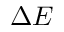
\Delta E